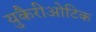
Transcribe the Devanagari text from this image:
युकैरीओटिक